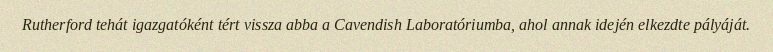
Rutherford tehát igazgatóként tért vissza abba a Cavendish Laboratóriumba, ahol annak idején elkezdte pályáját.